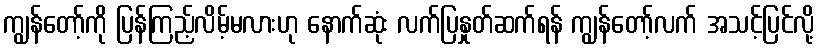
ကျွန်တော့်ကို ပြန်ကြည့်လိမ့်မလားဟု နောက်ဆုံး လက်ပြနှုတ်ဆက်ရန် ကျွန်တော့်လက် အသင့်ပြင်လို့